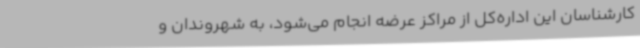
کارشناسان این اداره‌کل از مراکز عرضه انجام می‌شود، به شهروندان و